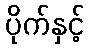
ပိုက်နှင့်